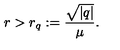
r > r _ { q } : = \frac { \sqrt { | q | } } { \mu } .